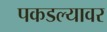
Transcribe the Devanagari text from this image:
पकडल्यावर